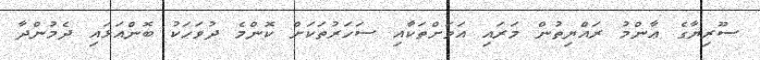
ސޫރިޔާގެ ޢާންމު ރައްޔިތުން މަރައި އަވަށްތަކާއި ސަހަރުތަކަށް ކޮންމެ ދުވަހަކު ބޮންއަޅައި ދެމުންދާ